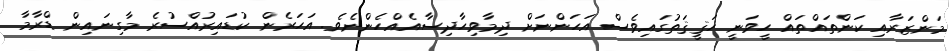
މަންޒަރާއި ކަންތައްތައް ހީވަނީ ހަޤީޤަތުގައިވެސް އަހަންނަށް ދިމާވިހާދިސާއެއްހެންނެވެ. އަހަރެން ކުޑައިރުއްސުރެ މާގިނައިން ޑްރާމާ